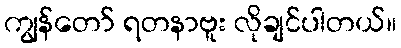
ကျွန်တော် ရတနာဗူး လိုချင်ပါတယ်။